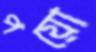
পয়ো